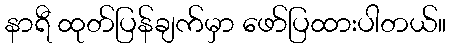
နာရီ ထုတ်ပြန်ချက်မှာ ဖော်ပြထားပါတယ်။